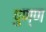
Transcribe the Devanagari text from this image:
पुण्ण